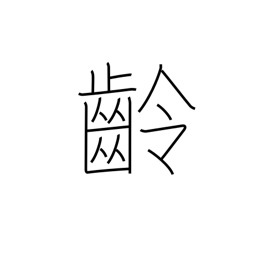
Meaning: age